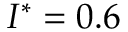
I ^ { * } = 0 . 6